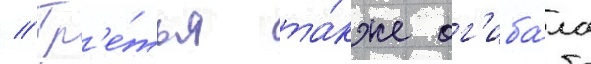
// Тр'е́тья та́кже ог'иба́ла